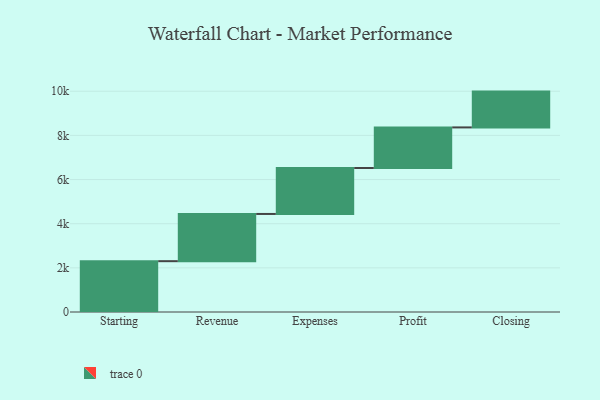
{"axis": {"x": "Step", "y": "Value"}, "legend": [""], "data": [{"x": "Starting", "y": 2302.0, "type": ""}, {"x": "Revenue", "y": 2139.0, "type": ""}, {"x": "Expenses", "y": 2081.0, "type": ""}, {"x": "Profit", "y": 1840.0, "type": ""}, {"x": "Closing", "y": 1622.0, "type": ""}]}